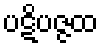
ပဋိပဇ္ဇထ